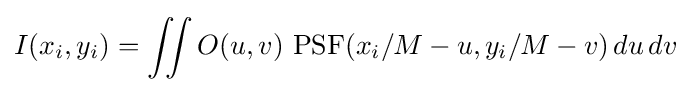
I(x_{i},y_{i})=\iint O(u,v)~\mathrm {PSF} (x_{i}/M-u,y_{i}/M-v)\,du\,dv